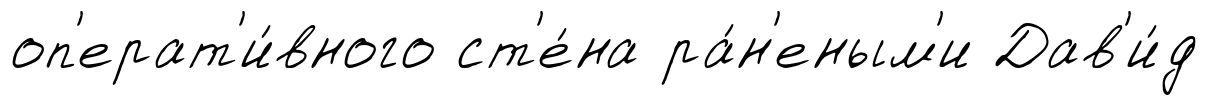
оп'ерат'и́вного ст'е́на ра́н'еным'и Дав'и́д